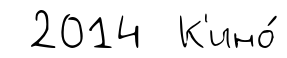
2014 К'ино́